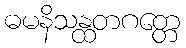
ဓမနိသန္ထတဂတ္တေ